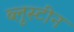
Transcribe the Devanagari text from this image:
ब्लूस्टीन